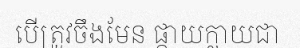
បើត្រូវចឹងមែន ផ្កាយក្លាយជា